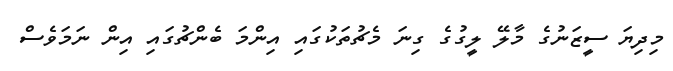
މިދިޔަ ސީޒަނުގެ މާލޭ ލީގުގެ ގިނަ މެޗުތަކުގައި އިންމަ ބެންޗުގައި އިން ނަމަވެސް